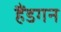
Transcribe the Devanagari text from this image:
हैंडगन